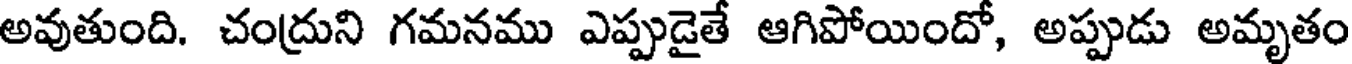
అవుతుంది. చంద్రుని గమనము ఎప్పుడైతే ఆగిపోయిందో, అప్పుడు అమృతం